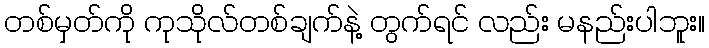
တစ်မှတ်ကို ကုသိုလ်တစ်ချက်နဲ့ တွက်ရင် လည်း မနည်းပါဘူး။